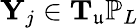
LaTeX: \mathbf{Y}_{j}\in\mathbf{T}_{\mathfrak{u}}\mathbb{P}_{L}